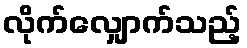
လိုက်လျှောက်သည့်